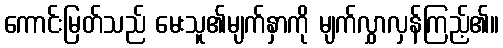
ကောင်းမြတ်သည် မေးသူ၏မျက်နှာကို မျက်လွှာလှန်ကြည့်၏။